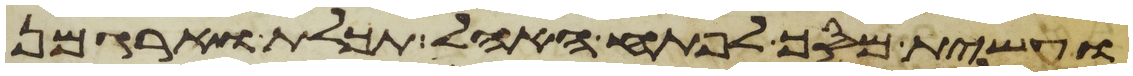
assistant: ועשית מסך לפתח האהל תכלת וארגמן